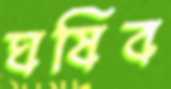
ঘষিব